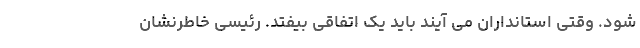
شود. وقتی استانداران می آیند باید یک اتفاقی بیفتد. رئیسی خاطرنشان